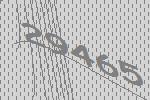
29465